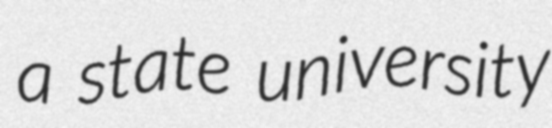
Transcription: a state university